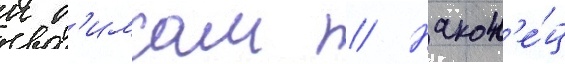
к б'имсам // Након'е́ц